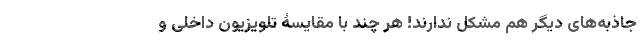
جاذبه‌های دیگر هم مشکل ندارند! هر چند با مقایسۀ تلویزیون داخلی و